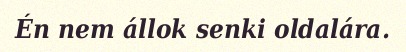
Én nem állok senki oldalára.